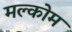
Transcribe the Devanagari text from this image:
मल्कोम